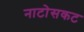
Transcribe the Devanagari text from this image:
नाटोसकट